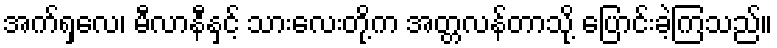
အက်ရှလေ၊ မီလာနီနှင့် သားလေးတို့က အတ္တလန်တာသို့ ပြောင်းခဲ့ကြသည်။